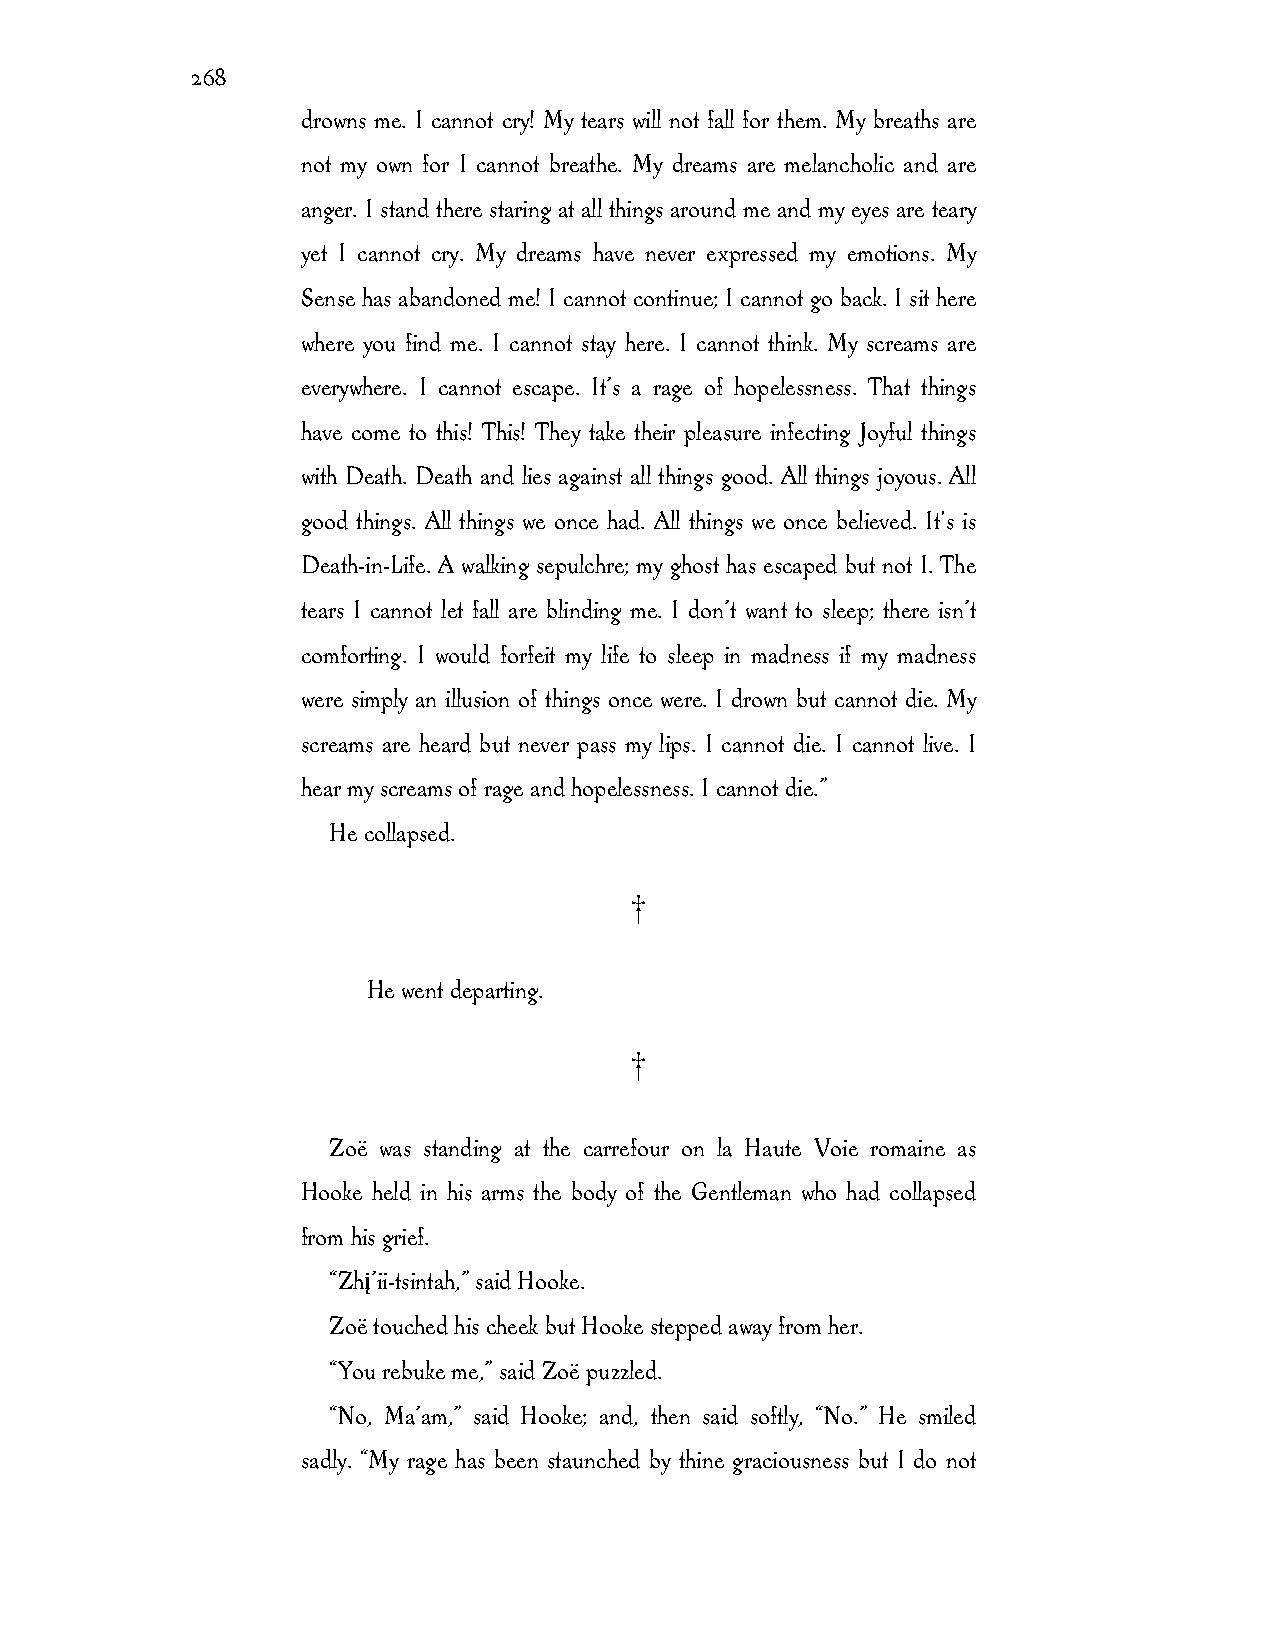
268
 drowns me. I cannot cry! My tears will not fall for them. My breaths are
 not my own for I cannot breathe. My dreams are melancholic and are
 anger. I stand there staring at all things around me and my eyes are teary
 yet I cannot cry. My dreams have never expressed my emotions. My
 Sense has abandoned me! I cannot continue; I cannot go back. I sit here
 where you find me. I cannot stay here. I cannot think. My screams are
 everywhere. I cannot escape. It’s a rage of hopelessness. That things
 have come to this! This! They take their pleasure infecting Joyful things
 with Death. Death and lies against all things good. All things joyous. All
 good things. All things we once had. All things we once believed. It's is
 Death-in-Life. A walking sepulchre; my ghost has escaped but not I. The
 tears I cannot let fall are blinding me. I don’t want to sleep; there isn’t
 comforting. I would forfeit my life to sleep in madness if my madness
 were simply an illusion of things once were. I drown but cannot die. My
 screams are heard but never pass my lips. I cannot die. I cannot live. I
 hear my screams of rage and hopelessness. I cannot die.”
 He collapsed.
 †
 He went departing.
 †
 Zoë was standing at the carrefour on la Haute Voie romaine as
 Hooke held in his arms the body of the Gentleman who had collapsed
 from his grief.
 “Zhį’ii-tsintah,” said Hooke.
 Zoë touched his cheek but Hooke stepped away from her.
 “You rebuke me,” said Zoë puzzled.
 “No, Ma’am,” said Hooke; and, then said softly, “No.” He smiled
 sadly. “My rage has been staunched by thine graciousness but I do not